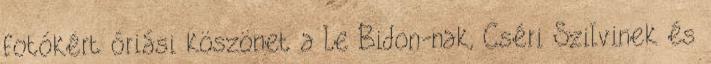
fotókért óriási köszönet a Le Bidon-nak, Cséri Szilvinek és